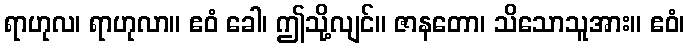
ရာဟုလ၊ ရာဟုလာ။ ဧဝံ ခေါ၊ ဤသို့လျင်။ ဇာနတော၊ သိသောသူအား။ ဧဝံ၊